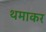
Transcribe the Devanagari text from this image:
थमाकर